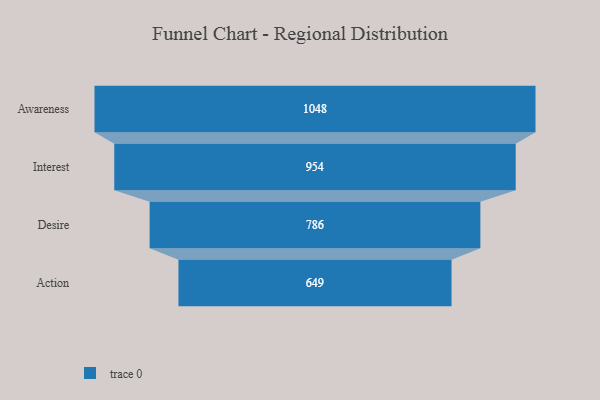
{"axis": {"x": "Stage", "y": "Value"}, "legend": [""], "data": [{"x": "Awareness", "y": 1048.0, "type": ""}, {"x": "Interest", "y": 954.0, "type": ""}, {"x": "Desire", "y": 786.0, "type": ""}, {"x": "Action", "y": 649.0, "type": ""}]}